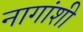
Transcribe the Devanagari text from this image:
नागांशी